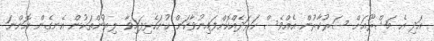
އަދި އެ މަޝްރޫއަށް ސަރުކާރުން އެއްވެސް ހަރަދެއްކޮށްފައިނުވާކަން ހުށަހެޅިފައިވާ ލިޔުންތަކުން އެނގެން އޮންނަ